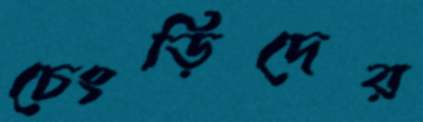
চেংড়িদের